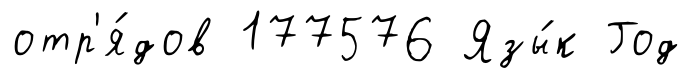
отр'я́дов 177576 Язы́к Год